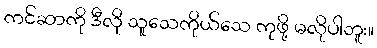
ကင်ဆာကို ဒီလို သူသေကိုယ်သေ ကုဖို့ မလိုပါဘူး။